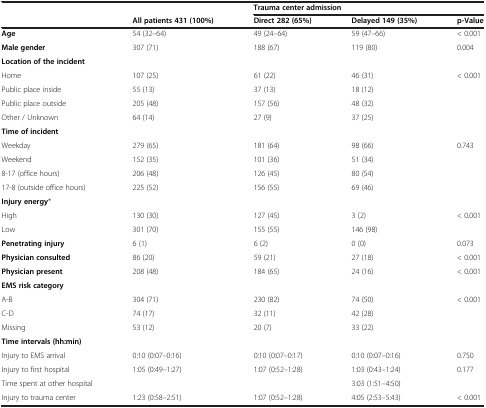
<table><thead><tr><td><b> </b></td><td><b> </b></td><td colspan="3"><b>Trauma center admission</b></td></tr><tr><td><b> </b></td><td><b>All patients 431 (100%)</b></td><td><b>Direct 282 (65%)</b></td><td><b>Delayed 149 (35%)</b></td><td><b>p-Value</b></td></tr></thead><tbody><tr><td><b>Age</b></td><td>54 (32–64)</td><td>49 (24–64)</td><td>59 (47–66)</td><td>&lt; 0.001</td></tr><tr><td><b>Male gender</b></td><td>307 (71)</td><td>188 (67)</td><td>119 (80)</td><td>0.004</td></tr><tr><td><b>Location of the incident</b></td><td> </td><td> </td><td> </td><td> </td></tr><tr><td>Home</td><td>107 (25)</td><td>61 (22)</td><td>46 (31)</td><td>&lt; 0.001</td></tr><tr><td>Public place inside</td><td>55 (13)</td><td>37 (13)</td><td>18 (12)</td><td> </td></tr><tr><td>Public place outside</td><td>205 (48)</td><td>157 (56)</td><td>48 (32)</td><td> </td></tr><tr><td>Other / Unknown</td><td>64 (14)</td><td>27 (9)</td><td>37 (25)</td><td> </td></tr><tr><td><b>Time of incident</b></td><td> </td><td> </td><td> </td><td> </td></tr><tr><td>Weekday</td><td>279 (65)</td><td>181 (64)</td><td>98 (66)</td><td>0.743</td></tr><tr><td>Weekend</td><td>152 (35)</td><td>101 (36)</td><td>51 (34)</td><td> </td></tr><tr><td>8-17 (office hours)</td><td>206 (48)</td><td>126 (45)</td><td>80 (54)</td><td> </td></tr><tr><td>17-8 (outside office hours)</td><td>225 (52)</td><td>156 (55)</td><td>69 (46)</td><td> </td></tr><tr><td><b>Injury energy</b>*</td><td> </td><td> </td><td> </td><td> </td></tr><tr><td>High</td><td>130 (30)</td><td>127 (45)</td><td>3 (2)</td><td>&lt; 0.001</td></tr><tr><td>Low</td><td>301 (70)</td><td>155 (55)</td><td>146 (98)</td><td> </td></tr><tr><td><b>Penetrating injury</b></td><td>6 (1)</td><td>6 (2)</td><td>0 (0)</td><td>0.073</td></tr><tr><td><b>Physician consulted</b></td><td>86 (20)</td><td>59 (21)</td><td>27 (18)</td><td>&lt; 0.001</td></tr><tr><td><b>Physician present</b></td><td>208 (48)</td><td>184 (65)</td><td>24 (16)</td><td>&lt; 0.001</td></tr><tr><td><b>EMS risk category</b></td><td> </td><td> </td><td> </td><td> </td></tr><tr><td>A-B</td><td>304 (71)</td><td>230 (82)</td><td>74 (50)</td><td>&lt; 0.001</td></tr><tr><td>C-D</td><td>74 (17)</td><td>32 (11)</td><td>42 (28)</td><td> </td></tr><tr><td>Missing</td><td>53 (12)</td><td>20 (7)</td><td>33 (22)</td><td> </td></tr><tr><td><b>Time intervals (hh:min)</b></td><td> </td><td> </td><td> </td><td> </td></tr><tr><td>Injury to EMS arrival</td><td>0:10 (0:07–0:16)</td><td>0:10 (0:07–0:17)</td><td>0:10 (0:07–0:16)</td><td>0.750</td></tr><tr><td>Injury to first hospital</td><td>1:05 (0:49–1:27)</td><td>1:07 (0:52–1:28)</td><td>1:03 (0:43–1:24)</td><td>0.177</td></tr><tr><td>Time spent at other hospital</td><td> </td><td> </td><td>3:03 (1:51–4:50)</td><td> </td></tr><tr><td>Injury to trauma center</td><td>1:23 (0:58–2:51)</td><td>1:07 (0:52–1:28)</td><td>4:05 (2:53–5:43)</td><td>&lt; 0.001</td></tr></tbody></table>